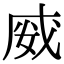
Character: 𭑿